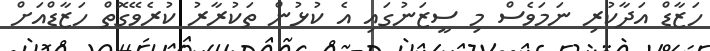
ހަޒާޑް އަދާކުރި ނަމަވެސް މި ސީޒަނުގައި އެ ކުޅުން ތަކުރާރު ކުރެވޭގޮތް ހަޒާޑްއަށް